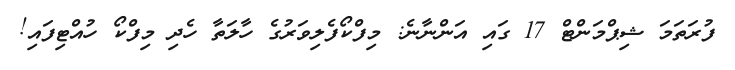
ފުރަތަމަ ޝިޕްމަންޓް 17 ގައި އަންނާނެ: މިފްކޯފެލިވަރުގެ ހާލަތާ ހެދި މިފްކޯ ހުއްޓިފައި!